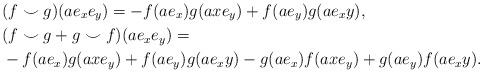
LaTeX: \begin{align*}&(f\smile g)(ae_xe_y)=-f(ae_x)g(axe_y)+f(ae_y)g(ae_{x}y),\\&(f\smile g+g\smile f)(ae_xe_y) =\\&-f(ae_x)g(axe_y)+f(ae_y)g(ae_{x}y)-g(ae_x)f(axe_y)+g(ae_y)f(ae_{x}y).\end{align*}